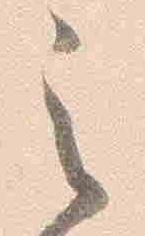
之